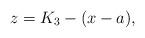
LaTeX: \begin{align*}z = K_3 - (x-a),\end{align*}